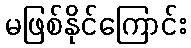
မဖြစ်နိုင်ကြောင်း